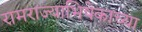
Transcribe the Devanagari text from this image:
रामराज्याभिषेकाच्या